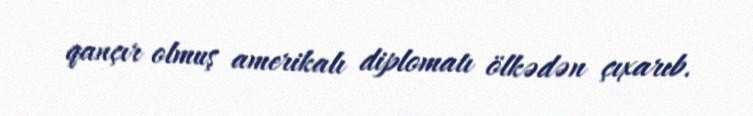
qançır olmuş amerikalı diplomatı ölkədən çıxarıb.